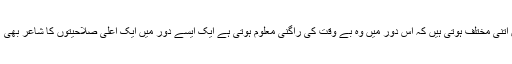
یہ آوازیں اس دور کی مقبول عام آوازوں میں مزاج ،لہجے اور آہنگ میں اتنی مختلف ہوتی ہیں کہ اس دور میں وہ بے وقت کی راگنی معلوم ہوتی ہے ایک ایسے دور میں ایک اعلٰی صلاحیتوں کا شاعر بھی ، ان مقبول آوازوں سے الگ ہونے کی وجہ سے ، گھٹ کر رہ جاتا ہے ۔